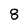
Character: 8